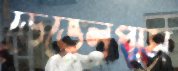
ডেভেলপার্স